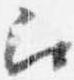
召